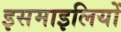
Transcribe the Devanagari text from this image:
इसमाइलियों